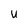
Character: U